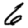
Digit: 6